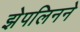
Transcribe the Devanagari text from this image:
झेपलिनने